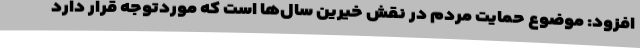
افزود: موضوع حمایت مردم در نقش خیرین سال‌ها است که موردتوجه قرار دارد